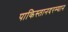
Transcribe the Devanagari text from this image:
पाकिस्तानदरम्यान